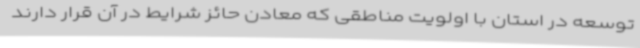
توسعه در استان با اولویت مناطقی که معادن حائز شرایط در آن قرار دارند